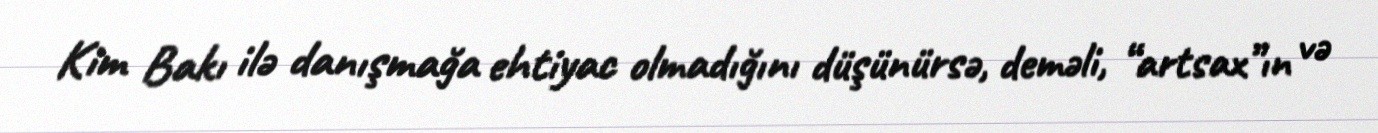
Kim Bakı ilə danışmağa ehtiyac olmadığını düşünürsə, deməli, “artsax”ın və